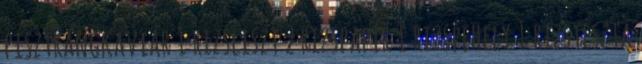
pisztrángkaviár 1 rizsliszt 2 rizspapír 1 rizspehely 1 rizstészta